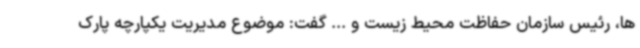
ها، رئیس سازمان حفاظت محیط زیست و ... گفت: موضوع مدیریت یکپارچه پارک